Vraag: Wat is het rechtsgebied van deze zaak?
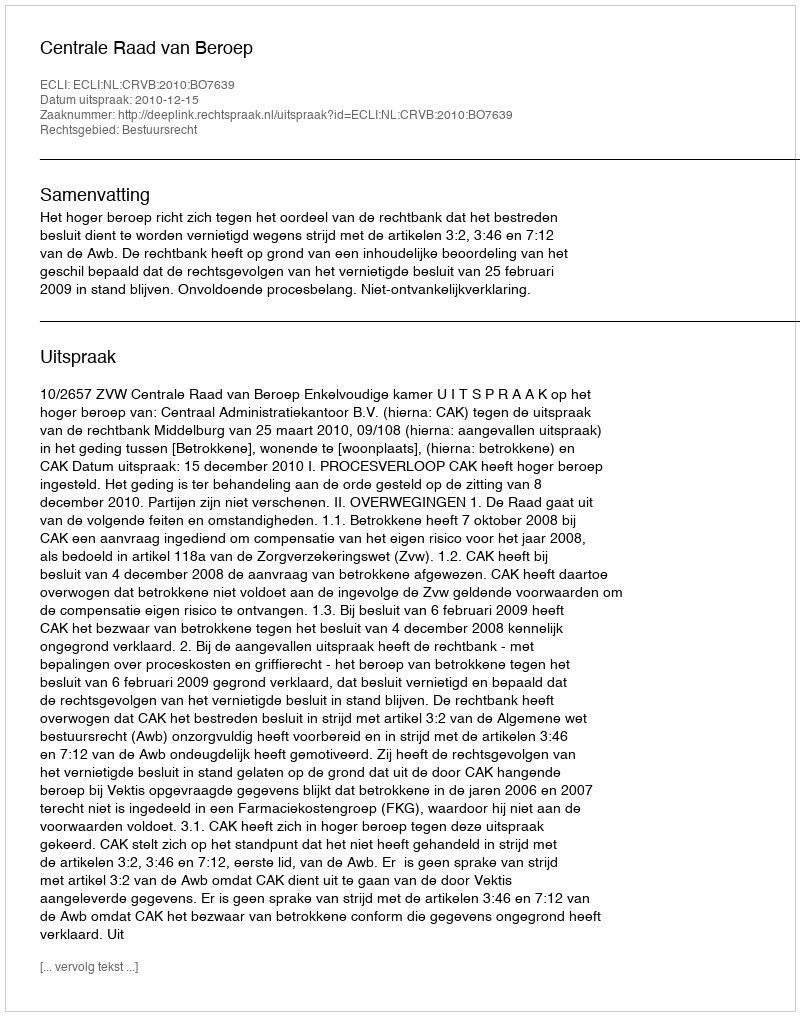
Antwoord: Bestuursrecht